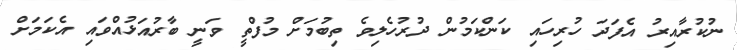
ނުކުރާއިރު އެފަދަ ހުރިހައި ކަންކަމުން ދުރުހެލިވެ ތިބުމަށް މުފްތީ ވަނީ ބާރުއަޅުއްވައި އެކަމަށް